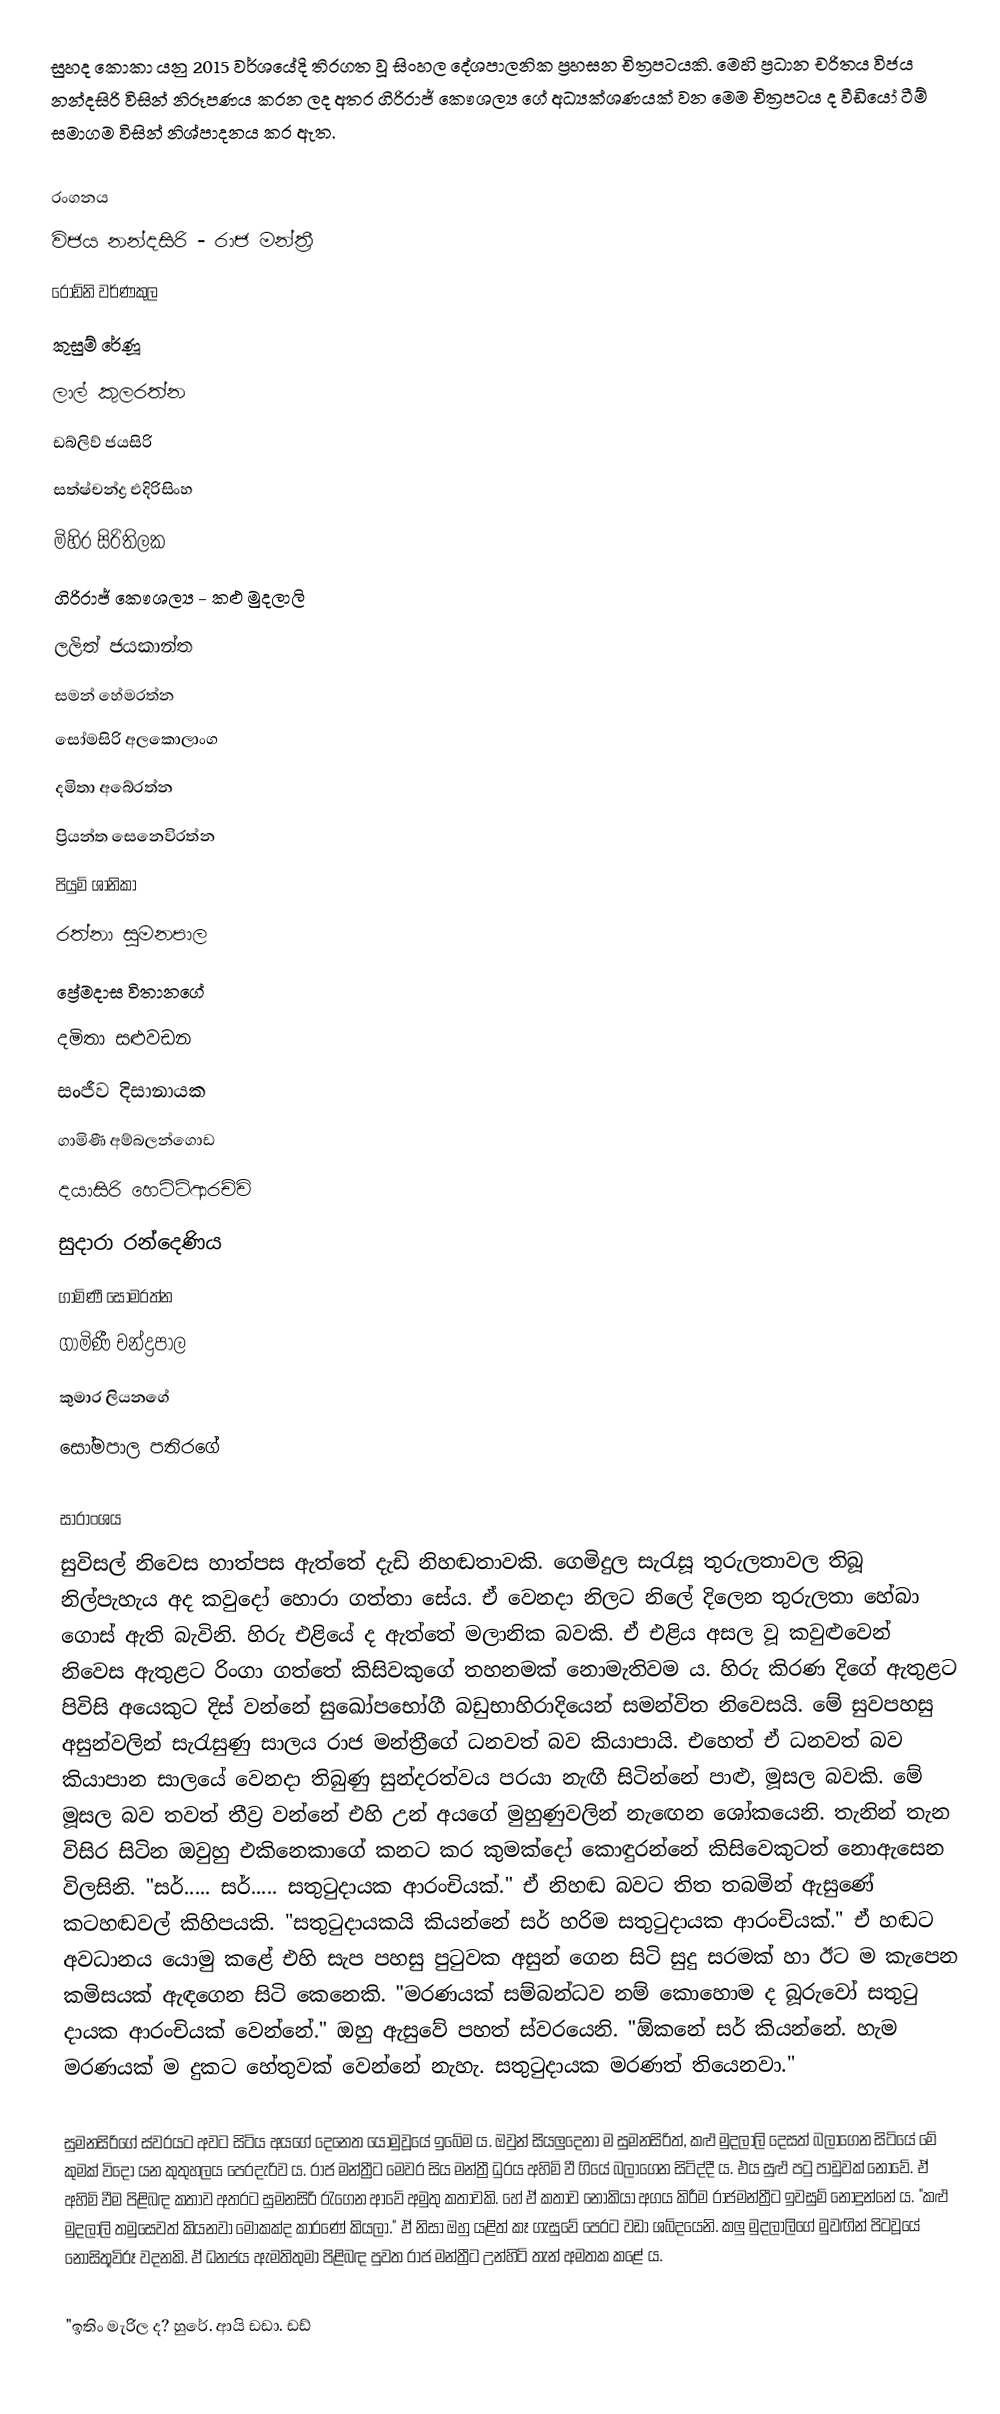
සුහද කොකා යනු 2015 වර්ශයේදි තිරගත වූ සිංහල දේශපාලනික ප්‍රහසන චිත්‍රපටයකි. මෙහි ප්‍රධාන චරිතය විජය නන්දසිරි විසින් නිරූපණය කරන ලද අතර ගිරිරාජ් කෞශල්‍ය ගේ අධ්‍යක්ශණයක් වන මෙම චිත්‍රපටය ද වීඩියෝ ටීම් සමාගම විසින් නිශ්පාදනය කර ඇත.

රංගනය
විජය නන්දසිරි - රාජ මන්ත්‍රී
රොඩ්නි වර්ණකුල
කුසුම් රේණූ
ලාල් කුලරත්න
ඩබ්ලිව් ජයසිරි
සත්ෂ්චන්ද්‍ර එදිරිසිංහ
මිහිර සිරිතිලක
ගිරිරාජ් කෞශල්‍ය - කළු මුදලාලි
ලලිත් ජයකාන්ත
සමන් හේමරත්න
සෝමසිරි අලකොලාංග
දමිතා අබේරත්න
ප්‍රියන්ත සෙනෙවිරත්න
පියුමි ශානිකා
රත්නා සුමනපාල
ප්‍රේමදාස විතානගේ
දමිතා සළුවඩන
සංජීව දිසානායක
ගාමිණී අම්බලන්ගොඩ
දයාසිරි හෙට්ටිආරච්චි
සුදාරා රන්දෙණිය
ගාමිණී සෝමරත්න
ගාමිණී චන්ද්‍රපාල
කුමාර ලියනගේ
සෝමපාල පතිරගේ

සාරාංශය
සුවිසල් නිවෙස හාත්පස ඇත්තේ දැඩි නිහඬතාවකි. ගෙමිදුල සැරැසූ තුරුලතාවල තිබූ නිල්පැහැය අද කවුදෝ හොරා ගත්තා සේය. ඒ වෙනදා නිලට නිලේ දිලෙන තුරුලතා හේබා ගොස් ඇති බැවිනි. හිරු එළියේ ද ඇත්තේ මලානික බවකි. ඒ එළිය අසල වූ කවුළුවෙන් නිවෙස ඇතුළට රිංගා ගත්තේ කිසිවකුගේ තහනමක් නොමැතිවම ය. හිරු කිරණ දිගේ ඇතුළට පිවිසි අයෙකුට දිස් වන්නේ සුඛෝපභෝගී බඩුභාහිරාදියෙන් සමන්විත නිවෙසයි. මේ සුවපහසු අසුන්වලින් සැරැසුණු සාලය රාජ මන්ත්‍රීගේ ධනවත් බව කියාපායි. එහෙත් ඒ ධනවත් බව කියාපාන සාලයේ වෙනදා තිබුණු සුන්දරත්වය පරයා නැඟී සිටින්නේ පාළු, මූසල බවකි. මේ මූසල බව තවත් තීව්‍ර වන්නේ එහි උන් අයගේ මුහුණුවලින් නැඟෙන ශෝකයෙනි. තැනින් තැන විසිර සිටින ඔවුහු එකිනෙකාගේ කනට කර කුමක්දෝ  කොඳුරන්නේ කිසිවෙකුටත් නොඇසෙන විලසිනි. "සර්..... සර්..... සතුටුදායක ආරංචියක්." ඒ නිහඬ බවට තිත තබමින් ඇසුණේ කටහඬවල් කිහිපයකි. "සතුටුදායකයි කියන්නේ සර් හරිම සතුටුදායක ආරංචියක්." ඒ හඬට අවධානය යොමු කළේ එහි සැප පහසු පුටුවක අසුන් ගෙන සිටි සුදු සරමක් හා ඊට ම කැපෙන කමිසයක් ඇඳගෙන සිටි කෙනෙකි. "මරණයක් සම්බන්ධව නම් කොහොම ද බූරුවෝ සතුටු දායක ආරංචියක් වෙන්නේ." ඔහු ඇසුවේ පහත් ස්වරයෙනි. "ඕකනේ සර් කියන්නේ. හැම මරණයක් ම දුකට හේතුවක් වෙන්නේ නැහැ. සතුටුදායක මරණත් තියෙනවා."

සුමනසිරිගේ ස්වරයට අවට සිටිය අයගේ දෙනෙත යොමුවූයේ ඉබේම ය. ඔවුන් සියලුදෙනා ම සුමනසිරිත්, කළු මුදලාලි දෙසත් බලාගෙන සිටියේ මේ කුමක් විදෝ යන කුතුහලය පෙරදැරිව ය. රාජ මන්ත්‍රීට මෙවර සිය මන්ත්‍රී ධුරය අහිමි වී ගියේ බලාගෙන සිටිද්දී ය. එය සුළු පටු පාඩුවක් නොවේ. ඒ අහිමි වීම පිළිබඳ කතාව අතරට සුමනසිරි රැගෙන ආවේ අමුතු කතාවකි. හේ ඒ කතාව නොකියා අගය කිරීම රාජමන්ත්‍රීට ඉවසුම් නොදුන්නේ ය. "කළු මුදලාලි තමුසෙවත් කියනවා මොකක්ද කාරණේ කියලා." ඒ නිසා ඔහු යළිත් කෑ ගැසුවේ පෙරට වඩා ශබ්දයෙනි. කලු මුදලාලිගේ මුවඟින් පිටවූයේ නොසිතූවිරූ වදනකි. ඒ ධනජය ඇමතිතුමා පිළිබඳ පුවත රාජ මන්ත්‍රීට උන්හිටි තැන් අමතක කළේ ය.

"ඉතිං මැරිල ද? හුරේ. ආයි ඩඩා. ඩඩ්